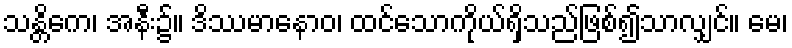
သန္တိကေ၊ အနီး၌။ ဒိဿမာနောဝ၊ ထင်သောကိုယ်ရှိသည်ဖြစ်၍သာလျှင်။ မေ၊